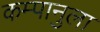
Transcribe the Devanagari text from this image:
कम्पानुला